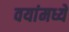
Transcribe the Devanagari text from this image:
वयांमध्ये